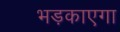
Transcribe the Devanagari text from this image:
भड़काएगा